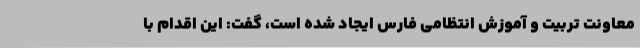
معاونت تربیت و آموزش انتظامی فارس ایجاد شده است، گفت: این اقدام با